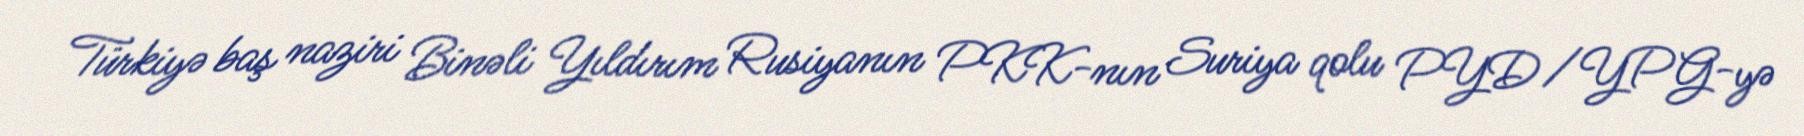
Türkiyə baş naziri Binəli Yıldırım Rusiyanın PKK-nın Suriya qolu PYD/YPG-yə